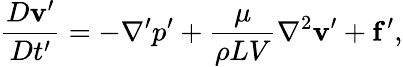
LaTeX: {\frac{D\mathbf{v}^{\prime}}{Dt^{\prime}}}=-\nabla^{\prime}p^{\prime}+{\frac{\mu}{\rho LV}}\nabla^{2}\mathbf{v}^{\prime}+\mathbf{f}^{\prime},